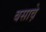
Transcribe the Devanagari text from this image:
बसावे़